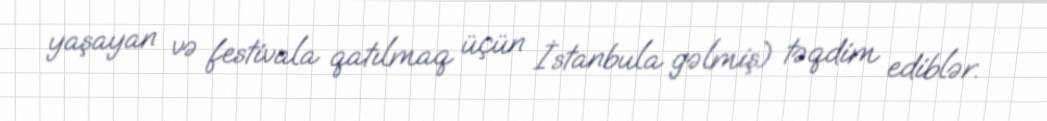
yaşayan və festivala qatılmaq üçün İstanbula gəlmiş) təqdim ediblər.